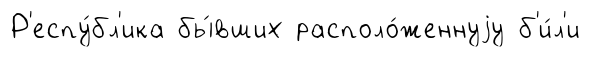
Р'еспу́бл'ика бы́вших располо́женнуjу б'и́л'и